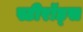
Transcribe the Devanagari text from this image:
स्टीरॉड्स